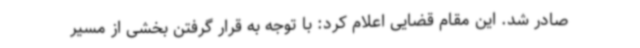
صادر شد. این مقام قضایی اعلام کرد: با توجه به قرار گرفتن بخشی از مسیر